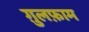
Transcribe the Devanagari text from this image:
ग़ुलफ़ाम